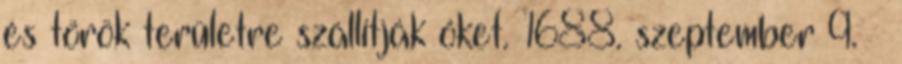
és török területre szállítják őket. 1688. szeptember 9. –